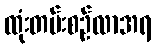
ထုံးတမ်းစဉ်လာအရ